Indian journal of veterinary science and animal husbandry - Volumes 15-17, 1948-1951
Year: 1948
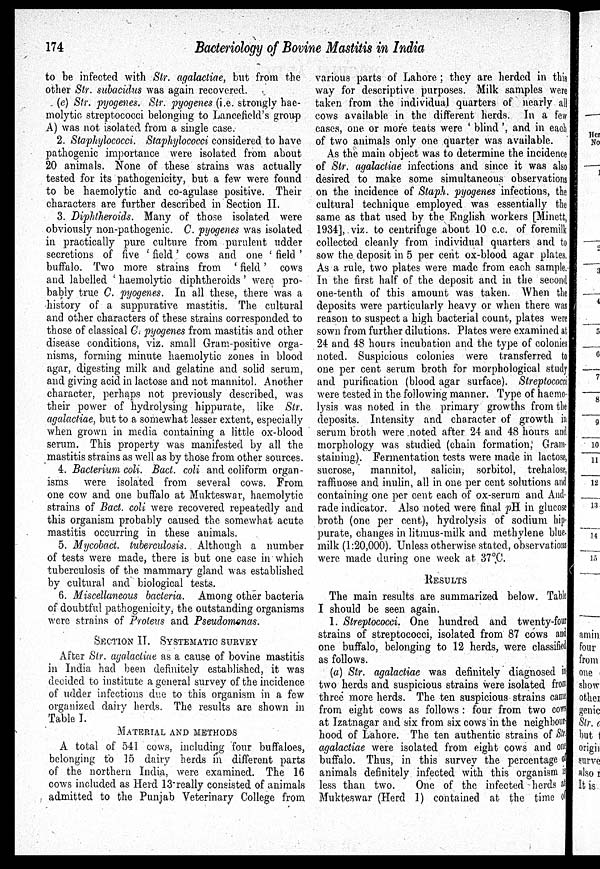
174
Bacteriology of Bovine Mastitis in India
to be infected with Str. agalactiae, but from the
other Str. subacidus was again recovered.
(e) Str. pyogenes. Str. pyogenes (i.e. strongly hae-
molytic streptococci belonging to Lancefield's group
A) was not isolated from a single case.
2. Staphylococci. Staphylococci considered to have
pathogenic importance were isolated from about
20 animals. None of these strains was actually
tested for its pathogenicity, but a few were found
to be haemolytic and co-agulase positive. Their
characters are further described in Section II.
3. Diphtheroids. Many of those isolated were
obviously non-pathogenic. C. pyogenes was isolated
in practically pure culture from purulent udder
secretions of five 'field' cows and one 'field'
buffalo. Two more strains from 'field' cows
and labelled 'haemolytic diphtheroids' were pro-
bably true C. pyogenes. In all these, there was a
history of a suppurative mastitis. The cultural
and other characters of these strains corresponded to
those of classical C. pyogenes from mastitis and other
disease conditions, viz. small Gram-positive orga-
nisms, forming minute haemolytic zones in blood
agar, digesting milk and gelatine and solid serum,
and giving acid in lactose and not mannitol. Another
character, perhaps not previously described, was
their power of hydrolysing hippurate, like Str.
agalactiae, but to a somewhat lesser extent, especially
when grown in media containing a little ox-blood
serum. This property was manifested by all the
mastitis strains as well as by those from other sources.
4. Bacterium coli. Bact. coli and coliform organ-
isms were isolated from several cows. From
one cow and one buffalo at Mukteswar, haemolytic
strains of Bact. coli were recovered repeatedly and
this organism probably caused the somewhat acute
mastitis occurring in these animals.
5. Mycobact. tuberculosis. Although a number
of tests were made, there is but one case in which
tuberculosis of the mammary gland was established
by cultural and biological tests.
6. Miscellaneous bacteria. Among other bacteria
of doubtful pathogenicity, the outstanding organisms
were strains of Proteus and Pseudomonas.
SECTION II. SYSTEMATIC SURVEY
After Str. agalactiae as a cause of bovine mastitis
in India had been definitely established, it was
decided to institute a general survey of the incidence
of udder infections due to this organism in a few
organized dairy herds. The results are shown in
Table I.
MATERIAL AND METHODS
A total of 541 cows, including four buffaloes,
belonging to 15 dairy herds in different parts
of the northern India, were examined. The 16
cows included as Herd 13 really consisted of animals
admitted to the Punjab Veterinary College from
various parts of Lahore ; they are herded in this
way for descriptive purposes. Milk samples were
taken from the individual quarters of nearly all
cows available in the different herds. In a few
cases, one or more teats were 'blind', and in each
of two animals only one quarter was available.
As the main object was to determine the incidence
of Str. agalactiae infections and since it was also
desired to make some simultaneous observations
on the incidence of Staph. pyogenes infections, the
cultural technique employed was essentially the
same as that used by the English workers [Minett,
1934],. viz. to centrifuge about 10 c.c. of foremilk
collected cleanly from individual quarters and to
sow the. deposit in 5 per cent ox-blood agar plates.
As a rule, two plates were made from each sample.
In the first half of the deposit and in the second
one-tenth of this amount was taken. When the
deposits were particularly heavy or when there was
reason to suspect a high bacterial count, plates were
sown from further dilutions. Plates were examined at
24 and 48 hours incubation and the type of colonies
noted. Suspicious colonies were transferred to
one per cent serum broth for morphological study
and purification (blood agar surface). Streptococci
were tested in the following manner. Type of haemo-
lysis was noted in the primary growths from the
deposits. Intensity and character of growth in
serum broth were noted after 24 and 48 hours and
morphology was studied (chain formation, Gram-
staining.). Fermentation tests were made in lactose,
sucrose, mannitol, salicin, sorbitol, trehalose,
raffinose and inulin, all in one per cent solutions and
containing one per cent each of ox-serum and And-
rade indicator. Also noted were final pH in glucose
broth (one per cent), hydrolysis of sodium hip-
purate, changes in litmus-milk and methylene blue-
milk (1:20,000). Unless otherwise stated, observations
were made during one week at 37ºC.
RESULTS
The main results are summarized below. Table
I should be seen again.
1. Streptococci. One hundred and twenty-four
strains of streptococci, isolated from 87 cows and
one buffalo, belonging to 12 herds, were classified
as follows.
(a) Str. agalactiae was definitely diagnosed i n
two herds and suspicious strains were isolated from
three more herds. The ten suspicious strains came
from eight cows as follows : four from two cows
at Izatnagar and six from six cows in the neighbour-
hood of Lahore. The ten authentic strains of Str
agalactiae were isolated from eight cows and one
buffalo. Thus, in this survey the percentage of
animals definitely infected with this organism is
less than two.
One of the infected herds at
Mukteswar (Herd 1) contained at the time of